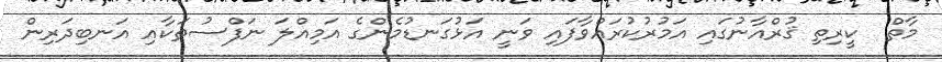
މާތް  ކީރިތި ޤުރްއާނުގައި އަމުރުކުރައްވާފައި ވަނީ އަޅުގަނޑުމެންގެ އަމިއްލަ ނަފްސުތަކާއި އަނބިދަރިން